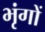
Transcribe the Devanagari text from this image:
भृंगों